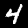
Label: 4